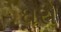
ઘરો